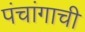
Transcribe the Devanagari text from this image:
पंचांगाची